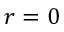
r = 0